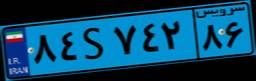
۶۶S۸۷۳۲۱